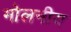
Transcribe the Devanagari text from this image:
मोलनीय